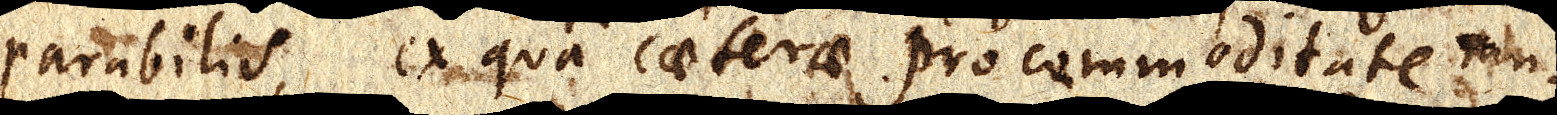
parabilis, ex qua caeterae pro commoditate mu–